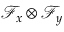
\mathcal { F } _ { x } \otimes \mathcal { F } _ { y }